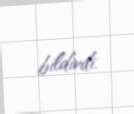
bildirdi.